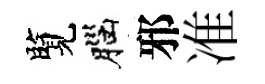
覽腦邪准